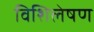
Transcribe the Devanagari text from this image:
विशिलेषण